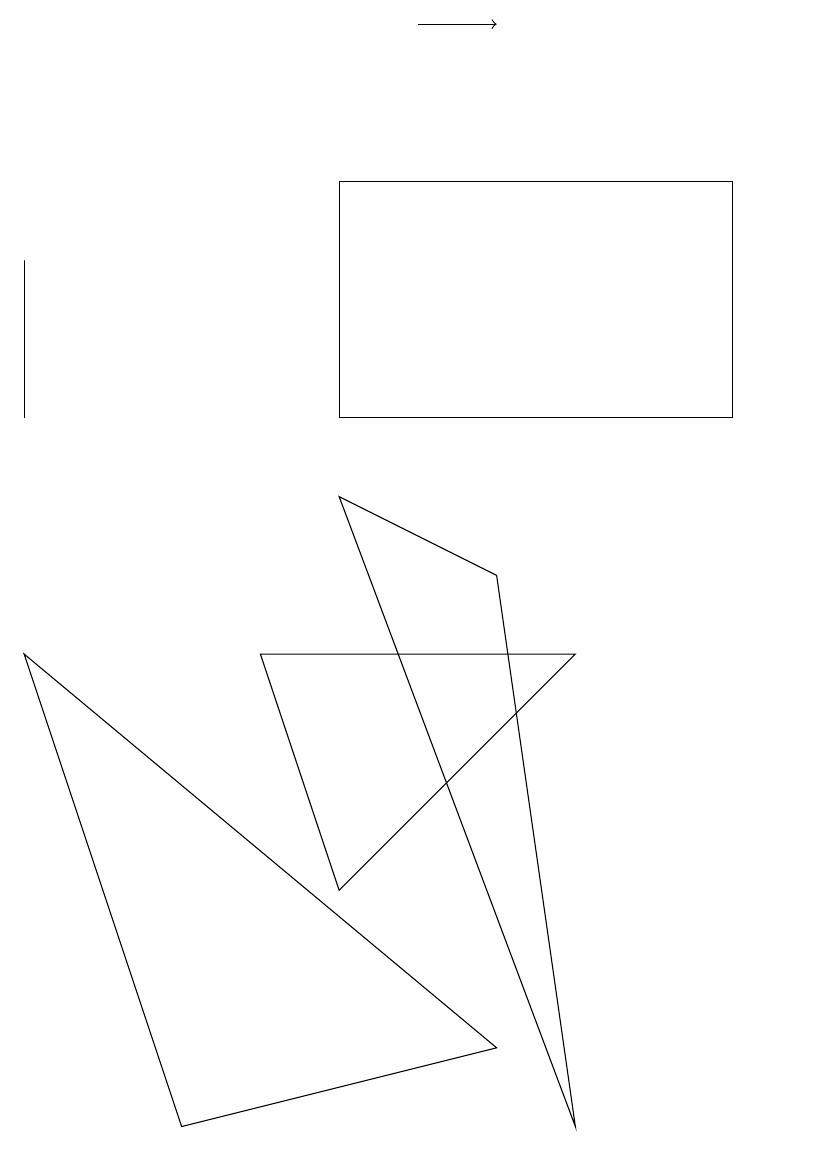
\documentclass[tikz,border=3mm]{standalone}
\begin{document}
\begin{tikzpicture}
\draw (10,11) circle (0);
\draw (7,7) -- (3,7) -- (4,4) -- cycle;
\draw (0,10) rectangle (0,12);
\draw (4,10) rectangle (9,13);
\draw (7,1) -- (4,9) -- (6,8) -- cycle;
\draw (2,1) -- (0,7) -- (6,2) -- cycle;
\draw[->] (5,15) -- (6,15);
\draw (10,12) circle (0);
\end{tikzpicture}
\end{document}